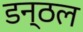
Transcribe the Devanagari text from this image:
डन्ठल